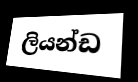
ලියන්ඩ